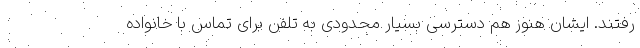
رفتند. ایشان هنوز هم دسترسی بسیار محدودی به تلفن برای تماس با خانواده